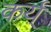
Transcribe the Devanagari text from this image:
कर्य्